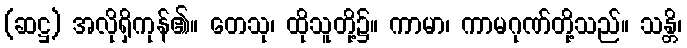
(ဆဋ္ဌ) အလိုရှိကုန်၏။ တေသု၊ ထိုသူတို့၌။ ကာမာ၊ ကာမဂုဏ်တို့သည်။ သန္တိ၊